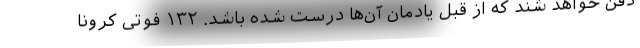
دفن خواهد شند که از قبل یادمان آن‌ها درست شده باشد. ۱۳۲ فوتی کرونا